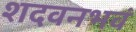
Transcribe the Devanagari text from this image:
शदवनभवं